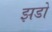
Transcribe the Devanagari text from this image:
झडो